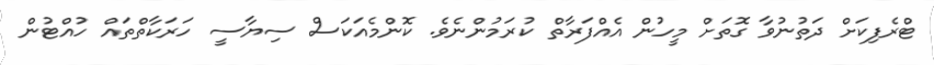
ޓްރެފިކަށް ދަތުނުވާ ގޮތަށް މީހުން އެއްފަރާތް ކުރަމުންނެވެ. ކޮންމެއަކަސް ސިޔާސީ ހަރަކާތްތައް ހުއްޓުން